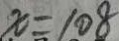
x = 1 0 8